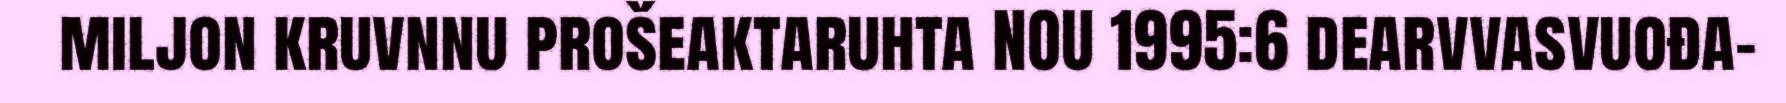
miljon kruvnnu prošeaktaruhta NOU 1995:6 dearvvasvuođa-